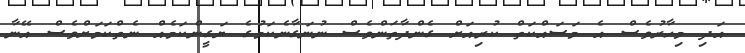
އަދި މިހާރުވެސް އެ މަސައްކަތް ކުރިއަށް ގެންދާތަންވެސް ނުނަގާނެކަމުގެ ޔަގީންކަމެއް ނެތްކަމަށްވެސް އޭނާ